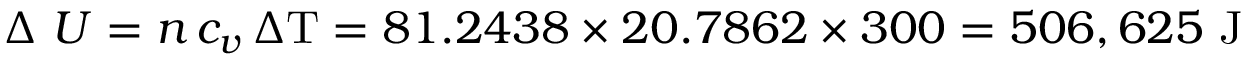
\Delta \ U = n \, c _ { v } \, \Delta \mathrm { T } = 8 1 . 2 4 3 8 \times 2 0 . 7 8 6 2 \times 3 0 0 = 5 0 6 , 6 2 5 { \mathrm { ~ J } }